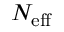
{ N _ { \mathrm { e f f } } }